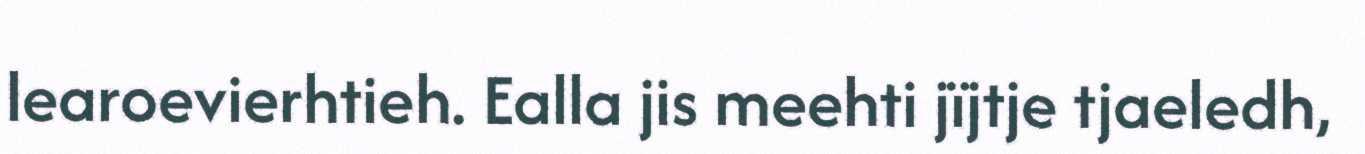
learoevierhtieh. Ealla jis meehti jïjtje tjaeledh,